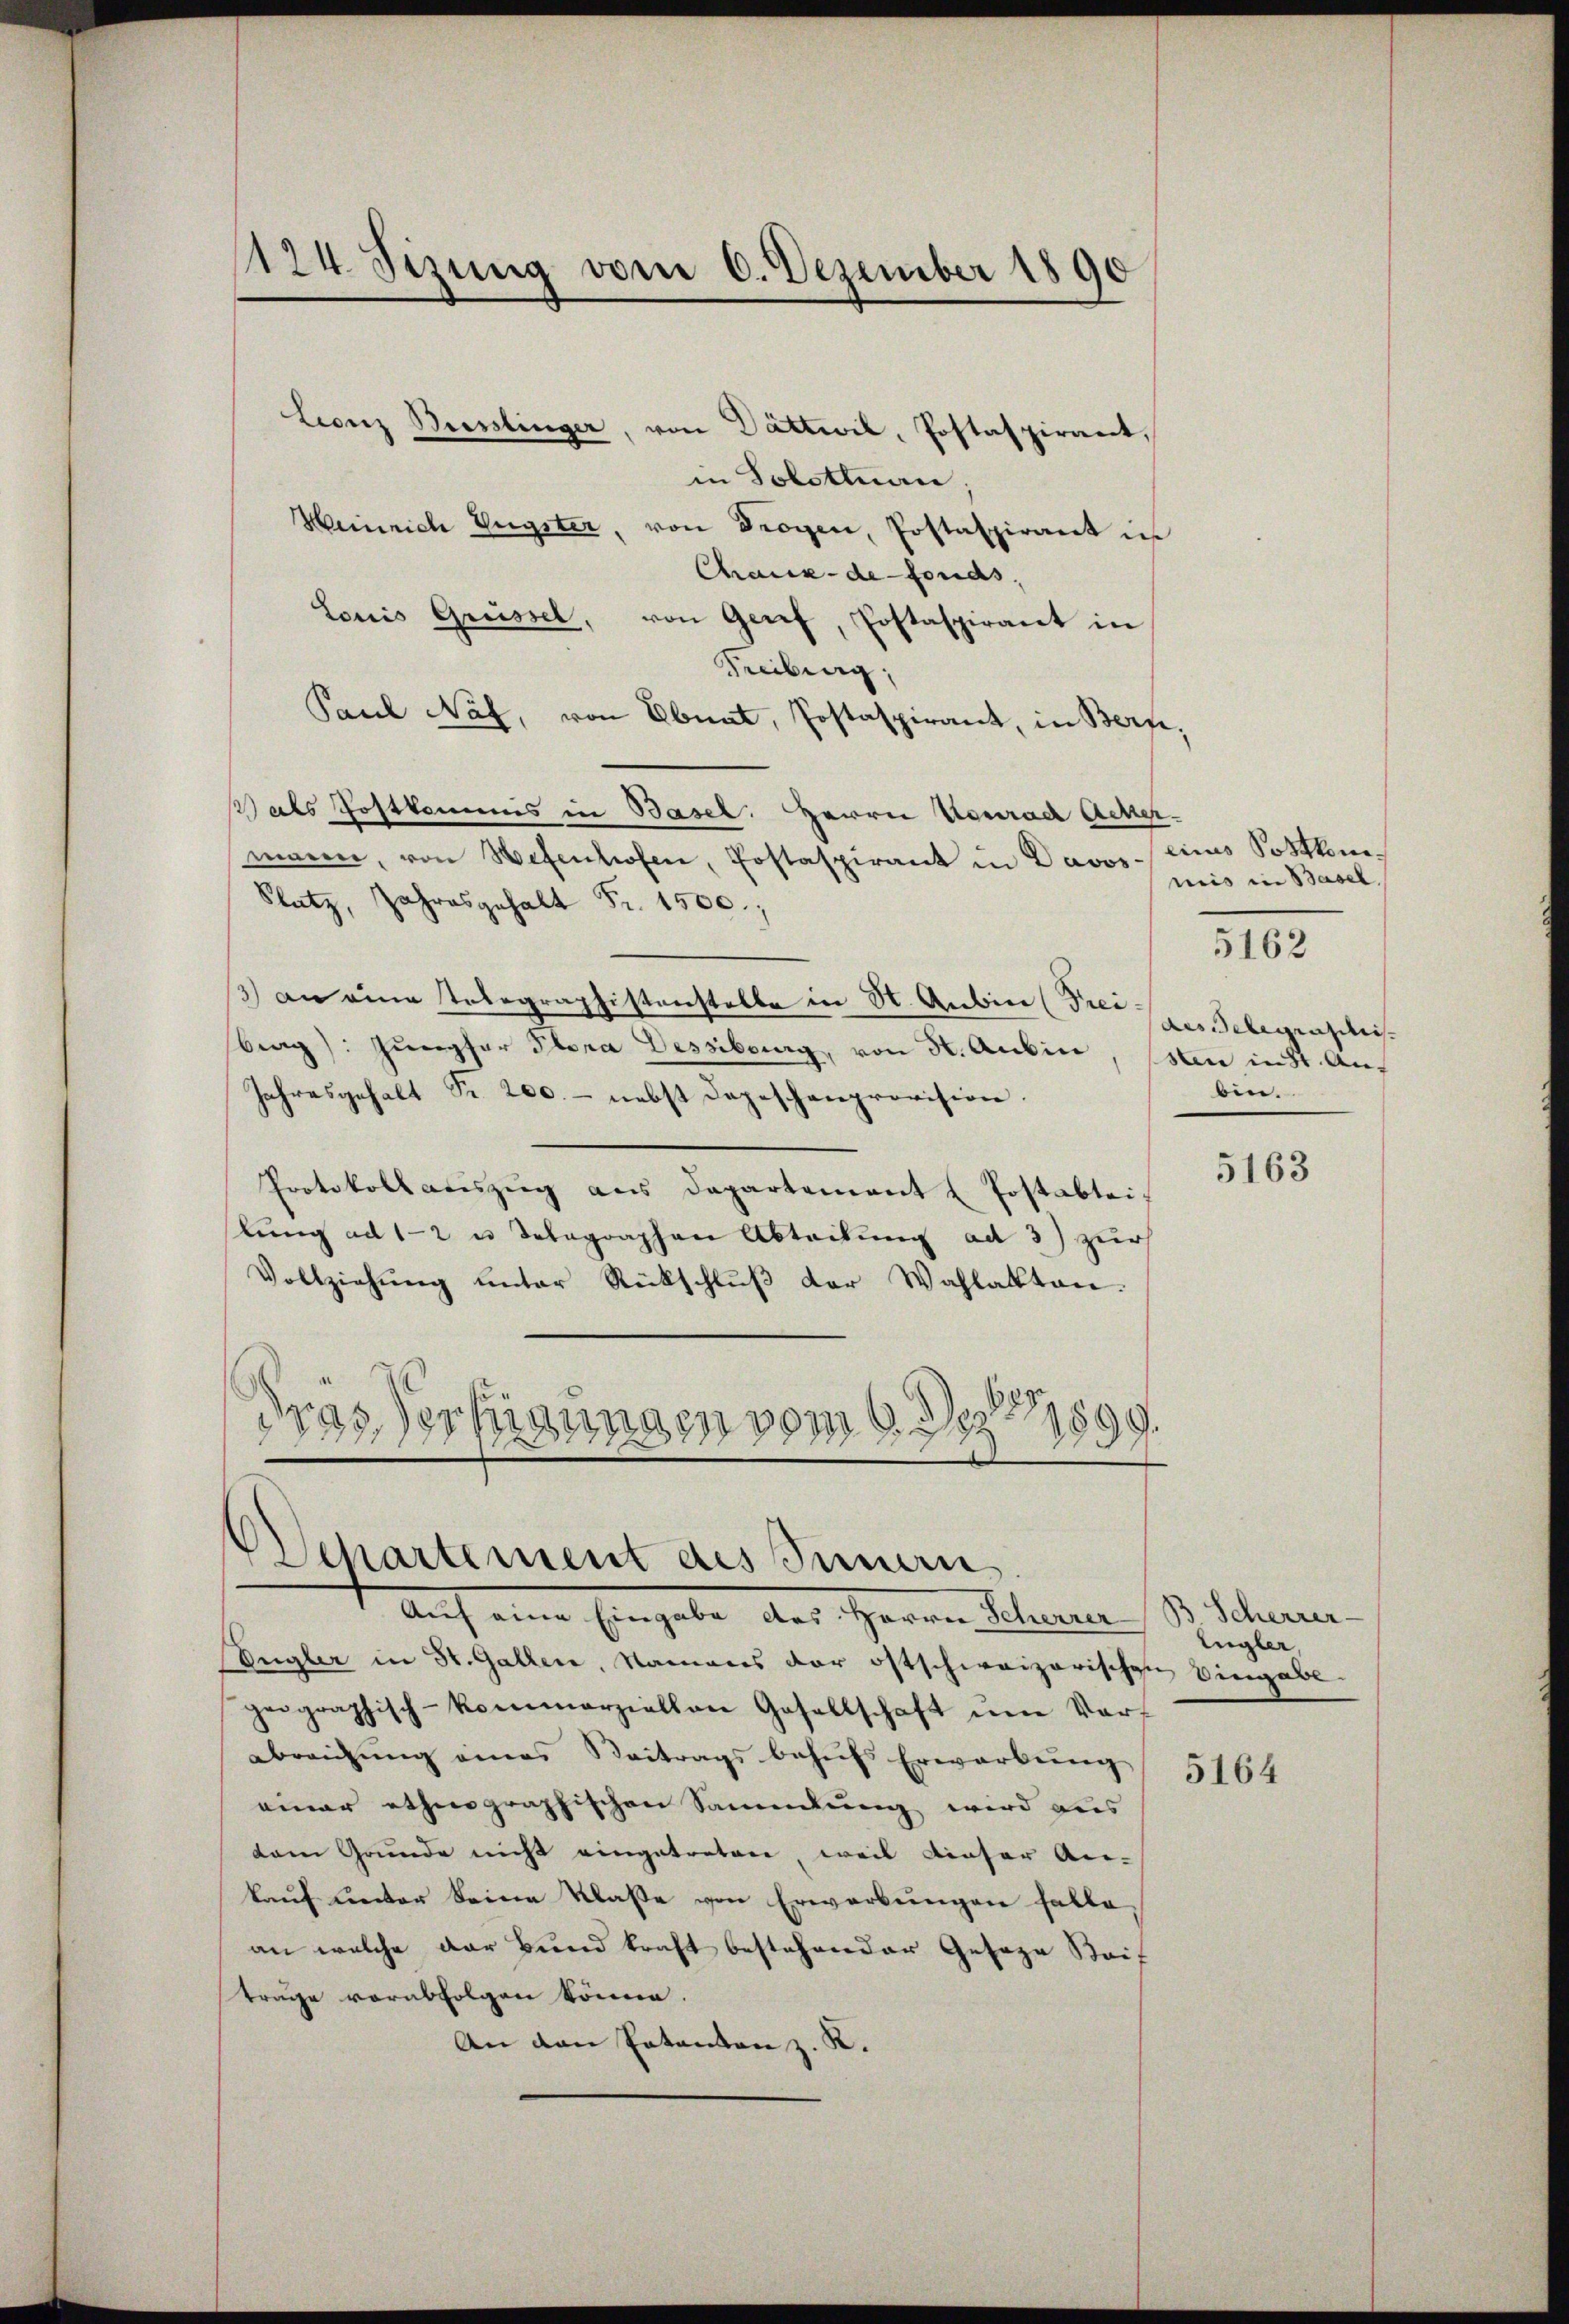
Leonz Biesslinger, von Dättwil, Postaspirant,
in Solotenan
Heinrich Eugster, von Trogen, Postaspirant in
Chaux-de-Fonds,
Louis Grüssel, von Genf, Postaspirant in
Treiburg,
Paul Näf, von Ebnat, Postaspirant, in Bern,
Hals Postkommis in Basel: Herrn Konrad Acker-
manen, von Hefenhofen, Postaspirant in Davos-
Platz, Jahresgehalt Fr. 1500.
3) an eine Telegraphistenstelle in St. Aubin (Frei-
brag). Jŭngfer Plora Dessiburg, von St. Aubin, 1sten in St. An-
Jahresgehalt Fr. 200.- nebst Depeschenprovision.
Protokoll aŭszŭg ans Departement (Postabtei-
slung ad 1-2 u Telegraphen Abteilung ad 3) zur
Vollziehung unter Rückschluß der Wahlakten.
dras Verfügungen vom 6. Dez. 1890.
1

1124 Sizung vom 6. Dezember 1890

Separtement des Innern.
Auf eine Eingabe des Herrn Schinen S. Schnen

Engler in St. Gallen, Namens der ostschweizerischen Eingabe.
zeigraphisch-kommerziellen Gesellschaft ŭm Ver-
abreichŭng eines Beitrags behŭfs Erwarbŭng
einer ethnographischen Sammlung wird aus
dam Grunde nicht eingetreten, weil dieser An-
kauf unter keine Klasse von Erwerbungen falle,
an welche der Bund kraft bestehender Gesage Reif
trage vorabfolgen könne.
An den Potanton z. R.

cines Sostkommis in Basel
des Belegensis.
bin.

5162

5163

Eugler,

5164